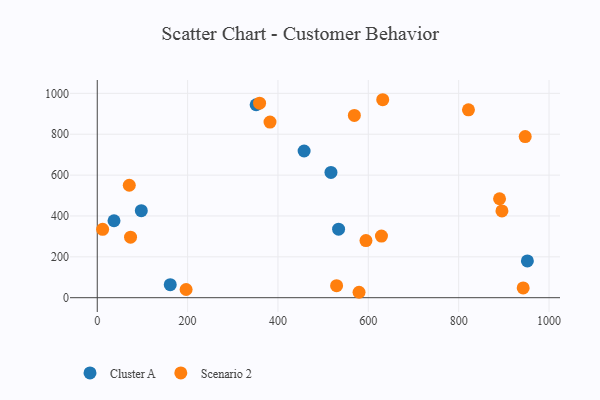
{"axis": {"x": "Distance", "y": "Salary"}, "legend": ["Cluster A", "Scenario 2"], "data": [{"x": "534.2", "y": 335.1, "type": "Cluster A"}, {"x": "457.9", "y": 717.9, "type": "Cluster A"}, {"x": "351.7", "y": 944.4, "type": "Cluster A"}, {"x": "517.3", "y": 613.1, "type": "Cluster A"}, {"x": "97.5", "y": 426.0, "type": "Cluster A"}, {"x": "37.1", "y": 376.6, "type": "Cluster A"}, {"x": "161.6", "y": 63.9, "type": "Cluster A"}, {"x": "952.1", "y": 179.7, "type": "Cluster A"}, {"x": "895.8", "y": 424.7, "type": "Scenario 2"}, {"x": "942.8", "y": 47.8, "type": "Scenario 2"}, {"x": "70.9", "y": 550.3, "type": "Scenario 2"}, {"x": "890.5", "y": 484.2, "type": "Scenario 2"}, {"x": "382.4", "y": 859.6, "type": "Scenario 2"}, {"x": "579.5", "y": 26.5, "type": "Scenario 2"}, {"x": "821.7", "y": 919.5, "type": "Scenario 2"}, {"x": "947.3", "y": 788.4, "type": "Scenario 2"}, {"x": "73.7", "y": 296.0, "type": "Scenario 2"}, {"x": "631.9", "y": 968.9, "type": "Scenario 2"}, {"x": "529.8", "y": 59.0, "type": "Scenario 2"}, {"x": "629.1", "y": 301.8, "type": "Scenario 2"}, {"x": "11.9", "y": 334.5, "type": "Scenario 2"}, {"x": "196.7", "y": 40.0, "type": "Scenario 2"}, {"x": "594.8", "y": 279.7, "type": "Scenario 2"}, {"x": "569.1", "y": 892.3, "type": "Scenario 2"}, {"x": "359.3", "y": 951.9, "type": "Scenario 2"}]}